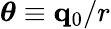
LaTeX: \boldsymbol{\theta}\equiv{\mathbf q}_{0}/r